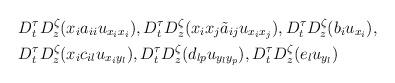
LaTeX: \begin{align*}\begin{aligned}&D^{\tau}_tD^{\zeta}_z(x_ia_{ii}u_{x_ix_i}),D^{\tau}_tD^{\zeta}_z(x_ix_j\tilde a_{ij}u_{x_ix_j}),D^{\tau}_tD^{\zeta}_z(b_iu_{x_i}),\\&D^{\tau}_tD^{\zeta}_z(x_ic_{il}u_{x_iy_l}),D^{\tau}_tD^{\zeta}_z(d_{lp}u_{y_ly_p}),D^{\tau}_tD^{\zeta}_z(e_lu_{y_l})\end{aligned}\end{align*}